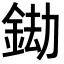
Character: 𨦲